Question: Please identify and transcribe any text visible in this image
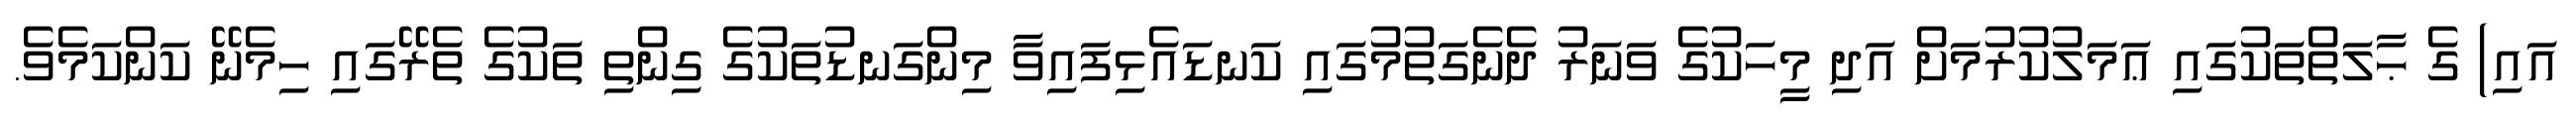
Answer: އައި) ގެ ޙާލަތްތަކުގައި ޢަމަލުކުރުމަށް އަދި މީހަކުގެ ވަނަރު ދެނެގަތުމުގައި ކަނޑައެޅިފައިވާ މިންގަނޑުތަކުގެ ގިންތި ތަކުގެ ތެރޭގައި ހިމެނޭ ކަންކަމެވެ.